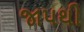
જાપથી